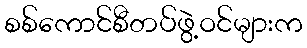
စစ်ကောင်စီတပ်ဖွဲ့ဝင်များက